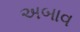
અબાવ